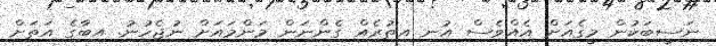
ނަސީބަކުން މީގެއަށް އެއްވެސް އުނި އިތުރެއް ގެންނަން މަންމައަށް ނުޖެހުނު. އިބާގެ އަތަށް